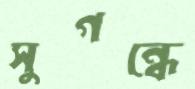
সুগন্ধে